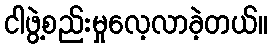
ငါဖွဲ့စည်းမှုလေ့လာခဲ့တယ်။